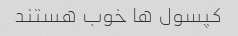
کپسول ها خوب هستند